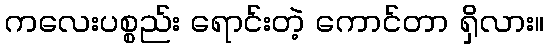
ကလေးပစ္စည်း ရောင်းတဲ့ ကောင်တာ ရှိလား။